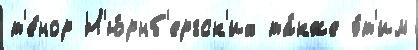
т'е́нор Н'ю́рнб'ергск'их та́кже э́т'им